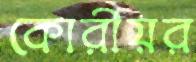
কোরীয়র